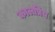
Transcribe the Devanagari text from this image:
कालप्रिय